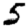
Digit: 5